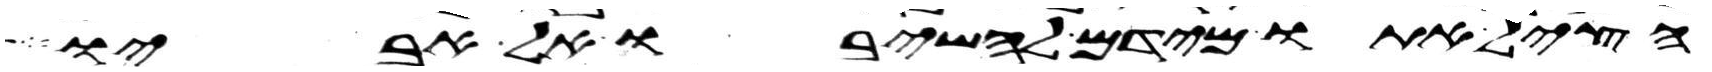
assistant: הציל אתו מידם להשיבו אל אביו